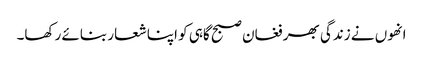
انھوں نے زندگی بھر فغان صبح گاہی کو اپنا شعار بنائے رکھا۔